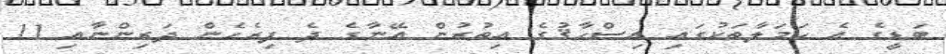
ބަޑީގެ އެ ޙަމަލާތަކުގައި އިސްހާޤުގެ އިތުރުން އޭނާގެ ދެ ފިރެހެން ދަރިންނާއި 11